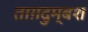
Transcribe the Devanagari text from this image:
ताग़दुम्बश